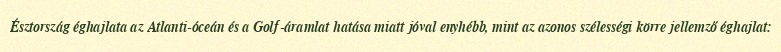
Észtország éghajlata az Atlanti-óceán és a Golf-áramlat hatása miatt jóval enyhébb, mint az azonos szélességi körre jellemző éghajlat: